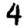
Digit: 4